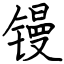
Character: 镘